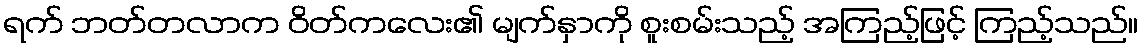
ရက် ဘတ်တလာက ဝိတ်ကလေး၏ မျက်နှာကို စူးစမ်းသည့် အကြည့်ဖြင့် ကြည့်သည်။